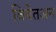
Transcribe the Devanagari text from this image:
वियेतअन